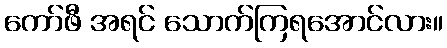
ကော်ဖီ အရင် သောက်ကြရအောင်လား။